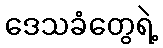
ဒေသခံတွေရဲ့